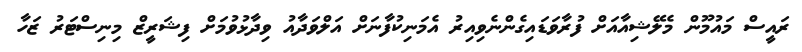
ރައީސް މައުމޫން މެލޭޝިއާއަށް ފުރާވަޑައިގެންނެވިއިރު އެމަނިކުފާނަށް އަލްވަދާއު ވިދާޅުވުމަށް ފިޝަރީޒް މިނިސްޓަރު ޒަހާ